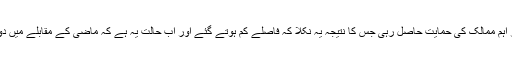
جبکہ اس تمام پراسس کو روس، چین اور بعض دیگر اہم ممالک کی حمایت حاصل رہی جس کا نتیجہ یہ نکلا کہ فاصلے کم ہوتے گئے اور اب حالت یہ ہے کہ ماضی کے مقابلے میں دونوں برادر اسلامی ممالک کے تعلقات کافی بہتر ہیں۔